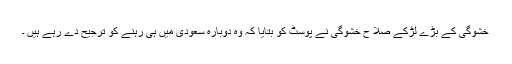
خشوگی کے بڑے لڑکے صلا ح خشوگی نے پوسٹ کو بتایا کہ وہ دوبارہ سعودی میں ہی رہنے کو ترجیح دے رہے ہیں ۔